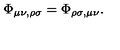
\Phi _ { \mu \nu , \rho \sigma } = \Phi _ { \rho \sigma , \mu \nu } .